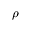
\rho